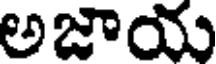
అజాయ